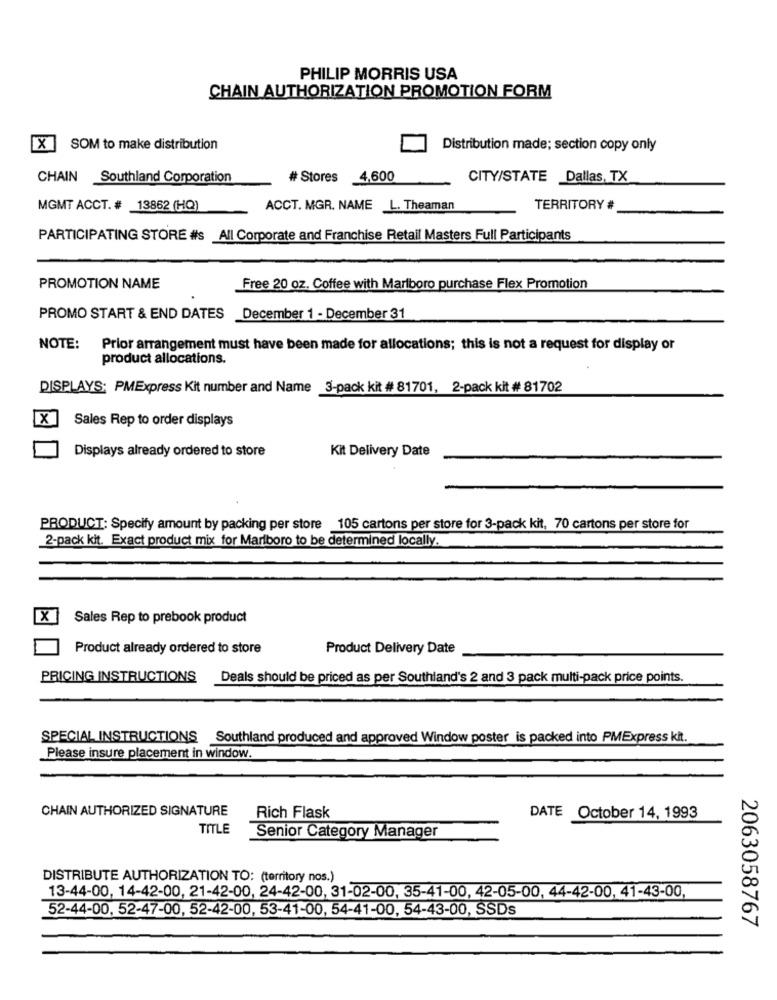
PHILIP MORRIS USA
CHAIN AUTHORIZATION PROMOTION FORM
x
SOM to make distribution
Distribution made; section copy only
CHAIN Southland Corporation
# Stores
4,600
CITY/STATE Dallas, TX
MGMT ACCT. # 13862 (HQ)
ACCT. MGR. NAME L. Theaman
TERRITORY #
PARTICIPATING STORE #s All Corporate and Franchise Retail Masters Full Participants
PROMOTION NAME
Free 20 oz. Coffee with Marlboro purchase Flex Promotion
PROMO START & END DATES December 1 - December 31
NOTE:
Prior arrangement must have been made for allocations; this is not a request for display or
product allocations.
DISPLAYS; PMExpress Kit number and Name 3-pack kit # 81701, 2-pack kit # 81702
Sales Rep to order displays
Displays already ordered to store
Kit Delivery Date
PRODUCT: Specify amount by packing per store 105 cartons per store for 3-pack kit, 70 cartons per store for
2-pack kit. Exact product mix for Marlboro to be determined locally.
X
Sales Rep to prebook product
Product already ordered to store
Product Delivery Date
PRICING INSTRUCTIONS
Deals should be priced as per Southland's 2 and 3 pack multi-pack price points.
SPECIAL INSTRUCTIONS Southland produced and approved Window poster is packed into PMExpress kit.
Please insure placement in window.
CHAIN AUTHORIZED SIGNATURE
Rich Flask
DATE October 14, 1993
TITLE
Senior Category Manager
DISTRIBUTE AUTHORIZATION TO: (territory nos.)
13-44-00, 14-42-00, 21-42-00, 24-42-00, 31-02-00, 35-41-00, 42-05-00, 44-42-00, 41-43-00,
52-44-00, 52-47-00, 52-42-00, 53-41-00, 54-41-00, 54-43-00, SSDs
2063058767